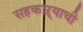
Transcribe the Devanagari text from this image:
सहकाऱ्याची